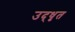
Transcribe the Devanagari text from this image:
उद्‍धृत